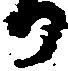
か